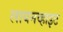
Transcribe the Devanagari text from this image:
लायनव्हाइट